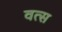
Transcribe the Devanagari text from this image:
वत्‍स